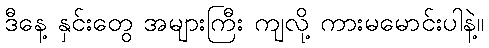
ဒီနေ့ နှင်းတွေ အများကြီး ကျလို့ ကားမမောင်းပါနဲ့။